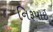
નિરૂપાઈ